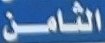
الثامن